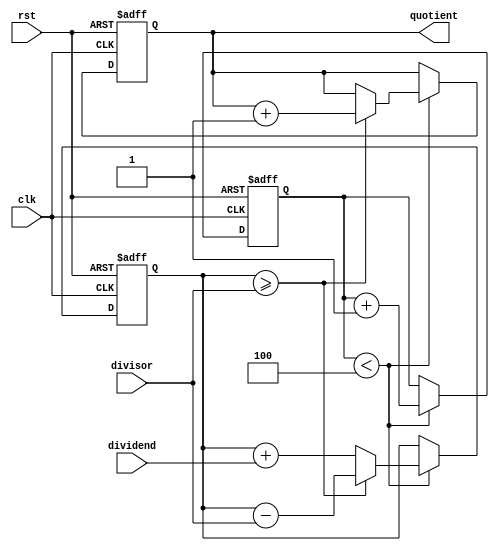
module Counter_Based_Divider (
    input wire clk,
    input wire rst,
    input wire [7:0] dividend,
    input wire [7:0] divisor,
    output reg [7:0] quotient
);

reg [7:0] remainder;
reg [7:0] counter;

always @(posedge clk or posedge rst) begin
    if(rst) begin
        counter <= 8'b0;
        remainder <= 8'b0;
        quotient <= 8'b0;
    end else begin
        if(counter < 8'b100) begin
            if(remainder >= divisor) begin
                remainder <= remainder - divisor;
                quotient <= quotient + 1;
            end else begin
                remainder <= remainder + dividend;
            end
            counter <= counter + 1;
        end
    end
end

endmodule